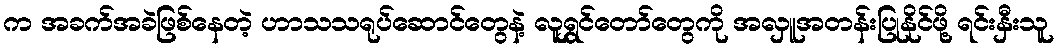
က အခက်အခဲဖြစ်နေတဲ့ ဟာသသရုပ်ဆောင်တွေနဲ့ လူရွှင်တော်တွေကို အလှူအတန်းပြုနိုင်ဖို့ ရင်းနှီးသူ